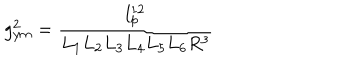
LaTeX: g _ { y m } ^ { 2 } = \frac { l _ { p } ^ { 1 2 } } { L _ { 1 } L _ { 2 } L _ { 3 } L _ { 4 } L _ { 5 } L _ { 6 } R ^ { 3 } }